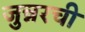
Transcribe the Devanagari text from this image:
जुन्नरची